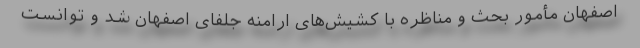
اصفهان مأمور بحث و مناظره با کشیش‌های ارامنه جلفای اصفهان شد و توانست